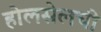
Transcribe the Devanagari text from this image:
होलसेलची